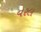
વરલ